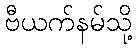
ဗီယက်နမ်သို့